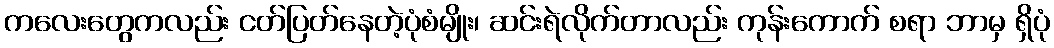
ကလေးတွေကလည်း ငတ်ပြတ်နေတဲ့ပုံစံမျိုး၊ ဆင်းရဲလိုက်တာလည်း ကုန်းကောက် စရာ ဘာမှ ရှိပုံ